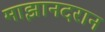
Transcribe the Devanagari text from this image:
माझानदरान